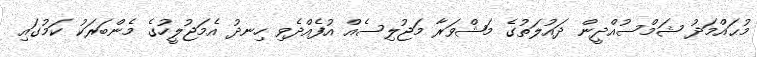
މުޙައްމަދު ޝަމްސުއްދީން ދައުލަތުގެ މަޝްވަރާ މަޖުލިސެއް އުފެއްދެވި ހިނދު އެމަޖުލީހުގެ މެންބަރަކު ކަމުގައި